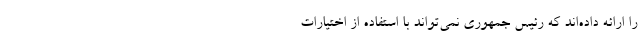
را ارائه داده‌اند که رئیس جمهوری نمی‌تواند با استفاده از اختیارات